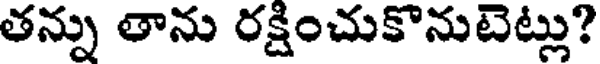
తన్ను తాను రక్షించుకొనుటెట్లు?